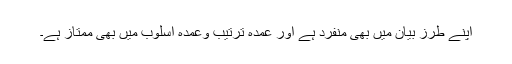
اپنے طرزِ بیان میں بھی منفرد ہے اور عمدہ ترتیب وعمدہ اسلوب میں بھی ممتاز ہے۔